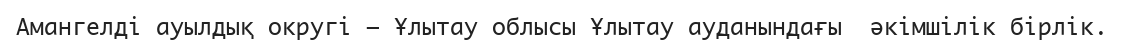
Амангелді ауылдық округі – Ұлытау облысы Ұлытау ауданындағы  әкімшілік бірлік.